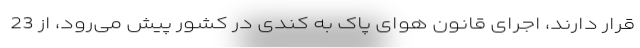
قرار دارند، اجرای قانون هوای پاک به کندی در کشور پیش می‌رود، از 23